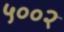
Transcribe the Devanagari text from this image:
५००२